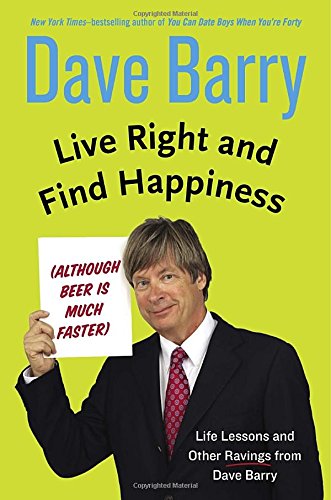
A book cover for Live Right and Find Happiness (Although Beer is Much Faster): Life Lessons and Other Ravings from Dave Barry; Dave Barry; Humor & Entertainment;